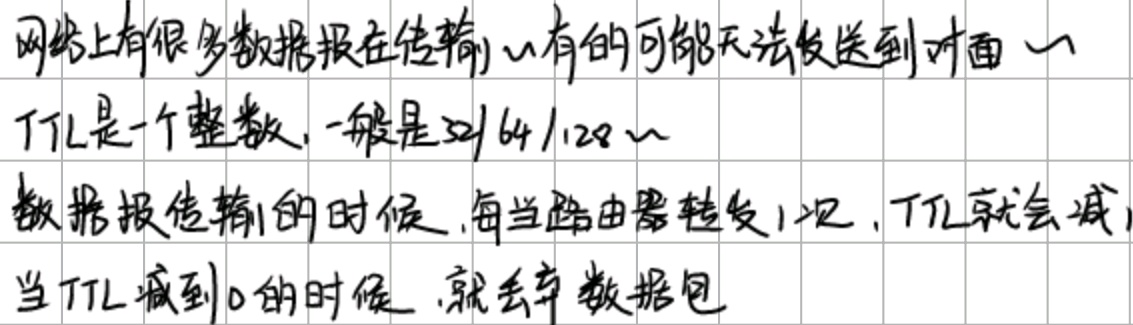
网络上有很多数据报在传输，有的可能无法发送到对面。
TTL是一个整数，一般是32/64/128。
数据报传输的时候，每当路由器转发1次，TTL就会减1。
当TTL减到0的时候，就丢弃数据包。